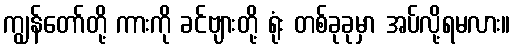
ကျွန်တော်တို့ ကားကို ခင်ဗျားတို့ ရုံး တစ်ခုခုမှာ အပ်လို့ရမလား။